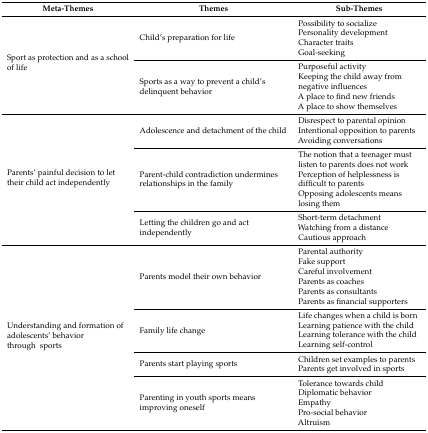
<table><thead><tr><td><b>Meta-Themes</b></td><td><b>Themes</b></td><td><b>Sub-Themes</b></td></tr></thead><tbody><tr><td rowspan="2">Sport as protection and as a school of life</td><td>Child’s preparation for life</td><td>Possibility to socializePersonality developmentCharacter traitsGoal-seeking</td></tr><tr><td>Sports as a way to prevent a child’s delinquent behavior</td><td>Purposeful activityKeeping the child away from negative influencesA place to find new friendsA place to show themselves</td></tr><tr><td rowspan="3">Parents’ painful decision to let their child act independently</td><td>Adolescence and detachment of the child</td><td>Disrespect to parental opinionIntentional opposition to parentsAvoiding conversations</td></tr><tr><td>Parent-child contradiction undermines relationships in the family</td><td>The notion that a teenager must listen to parents does not workPerception of helplessness is difficult to parentsOpposing adolescents means losing them</td></tr><tr><td>Letting the children go and act independently</td><td>Short-term detachmentWatching from a distanceCautious approach</td></tr><tr><td rowspan="4">Understanding and formation of adolescents’ behavior through sports</td><td>Parents model their own behavior</td><td>Parental authorityFake supportCareful involvementParents as coachesParents as consultantsParents as financial supporters</td></tr><tr><td>Family life change</td><td>Life changes when a child is bornLearning patience with the childLearning tolerance with the childLearning self-control </td></tr><tr><td>Parents start playing sports</td><td>Children set examples to parentsParents get involved in sports</td></tr><tr><td>Parenting in youth sports means improving oneself</td><td>Tolerance towards childDiplomatic behaviorEmpathyPro-social behaviorAltruism</td></tr></tbody></table>